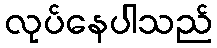
လုပ်နေပါသည်